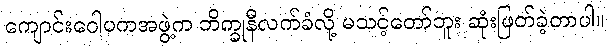
ကျောင်းဂေါပကအဖွဲ့က ဘိက္ခုနီလက်ခံလို့ မသင့်တော်ဘူး ဆုံးဖြတ်ခဲ့တာပါ။